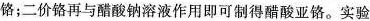
铬；二价铬再与醋酸钠溶液作用即可制得醋酸亚铬。实验装置如图所示。回答下列问题：盐酸K2-醋酸钠溶液锌粒+氯化铬(1)实验中所用蒸馏水均需经煮沸后迅速冷却，目的是___。仪器a的名称是___。(2)将过量锌粒和氯化铬固体置于e中，加入少量蒸馏水，按图连接好装置。打开K1K2，关闭K3。①c中溶液由绿色逐渐变为亮蓝色，该反应的离子方程式为________。②同时c中有气体产生，该气的作用是___ __。(3)打开K3，关闭K2和K2。c中亮蓝色溶液流入d，其原因是_______；d中析出砖红色沉淀。为使沉淀充分析出并分离，需采用的操作是______、__洗涤、干燥。(4)指出装置d可能存在的缺点：___